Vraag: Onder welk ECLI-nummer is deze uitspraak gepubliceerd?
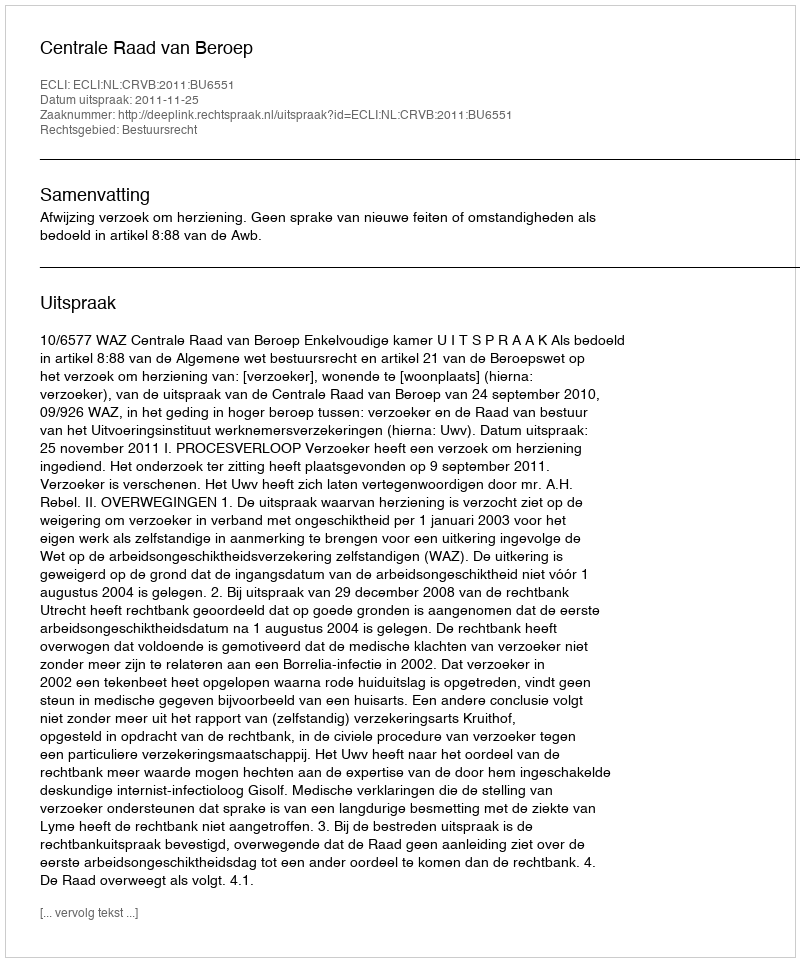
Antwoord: ECLI:NL:CRVB:2011:BU6551